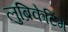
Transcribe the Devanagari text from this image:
लुब्रिकेटिंग